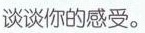
谈谈你的感受。